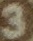
3